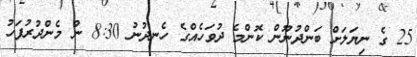
25 ގެ ނިޔަލަށް ބަންދުނޫން ކޮންމެ ދުވަހެއްގެ ހެނދުނު 8:30 ން މެންދުރުފަހު